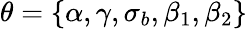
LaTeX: \theta=\{ \alpha,\gamma,\sigma_{b},\beta_{1},\beta_{2}\}